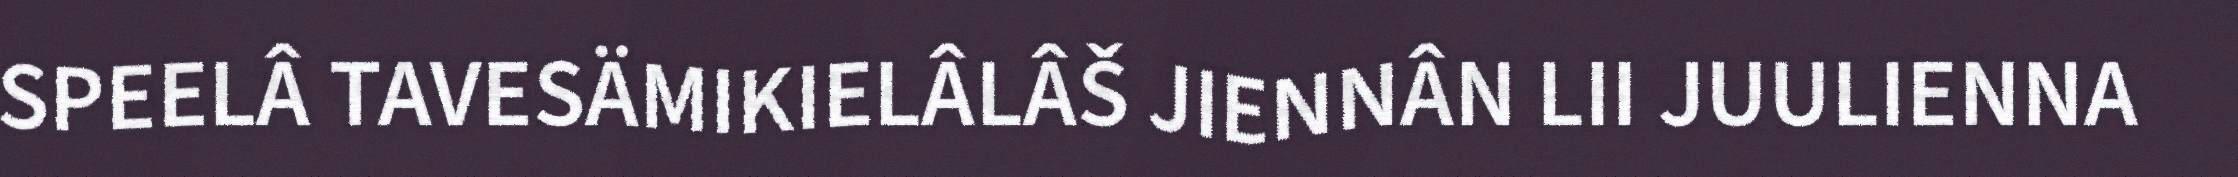
SPEELÂ TAVESÄMIKIELÂLÂŠ JIENNÂN LII JUULIENNA